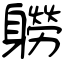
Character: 軂